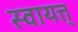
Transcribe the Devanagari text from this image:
स्वायत्त्